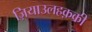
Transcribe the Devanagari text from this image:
ज़ियाउलहक़की